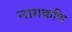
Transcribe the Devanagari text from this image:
नागकणि